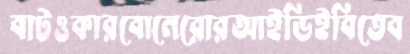
বাটওকারবোনেরোরআইডিইবিতেব